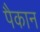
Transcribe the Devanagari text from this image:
पैकान